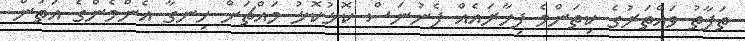
ތަފާތު ވައްތަރުގެ ކިތަންމެ ފިހާރައެއް ފެނުނަސް ކޮޅުކޮޅު މައްޗަށް ހިނގާ އެންމެންގެ އަތުން